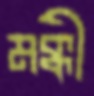
মক্কী